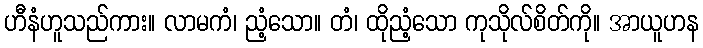
ဟီနံဟူသည်ကား။ လာမကံ၊ ညံ့သော။ တံ၊ ထိုညံ့သော ကုသိုလ်စိတ်ကို။ အာယူဟန